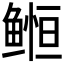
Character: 𱈈